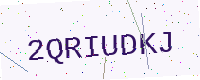
Text: 2QRIUDKJ